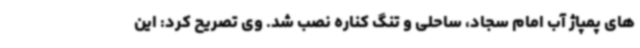
های پمپاژ آب امام سجاد، ساحلی و تنگ کناره نصب شد. وی تصریح کرد: این